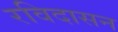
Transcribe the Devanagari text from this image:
रविदासन